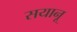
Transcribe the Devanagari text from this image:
सयानू